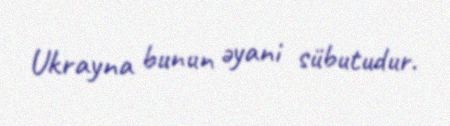
Ukrayna bunun əyani sübutudur.